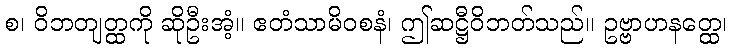
စ၊ ဝိဘတျတ္ထကို ဆိုဦးအံ့။ ဧတံသာမိဝစနံ၊ ဤဆဋ္ဌီဝိဘတ်သည်။ ဥဗ္ဗာဟနတ္ထေ၊